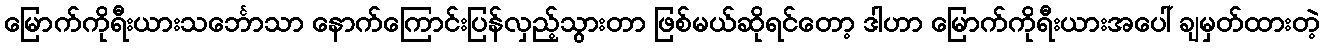
မြောက်ကိုရီးယားသင်္ဘောသာ နောက်ကြောင်းပြန်လှည့်သွားတာ ဖြစ်မယ်ဆိုရင်တော့ ဒါဟာ မြောက်ကိုရီးယားအပေါ် ချမှတ်ထားတဲ့